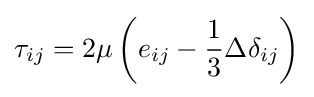
\tau _{ij}=2\mu \left(e_{ij}-{\frac {1}{3}}\Delta \delta _{ij}\right)